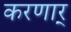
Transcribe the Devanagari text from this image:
करणार्